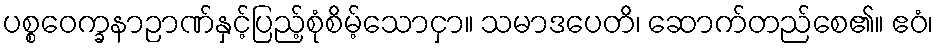
ပစ္စဝေက္ခနာဉာဏ်နှင့်ပြည့်စုံစိမ့်သောငှာ။ သမာဒပေတိ၊ ဆောက်တည်စေ၏။ ဧဝံ၊